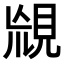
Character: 𧠬